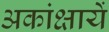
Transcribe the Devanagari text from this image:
अकांक्षायें